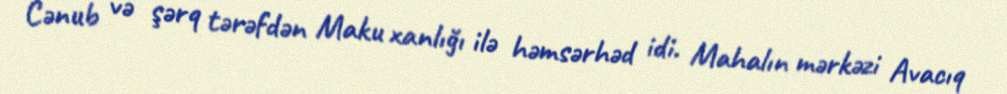
Cənub və şərq tərəfdən Maku xanlığı ilə həmsərhəd idi. Mahalın mərkəzi Avacıq